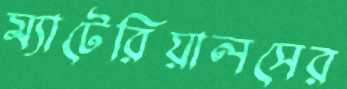
ম্যাটেরিয়ালসের